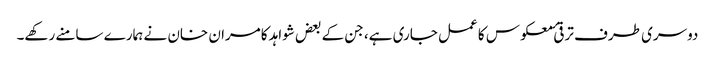
دوسری طرف ترقیٔ معکوس کا عمل جاری ہے، جن کے بعض شواہد کامران خان نے ہمارے سامنے رکھے۔